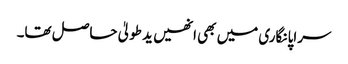
سراپا نگاری میں بھی انھیں ید طولیٰ حاصل تھا۔